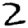
Digit: 2